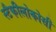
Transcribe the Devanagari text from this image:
स्टैफीलोकोसी